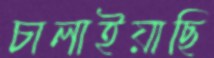
চালাইয়াছি